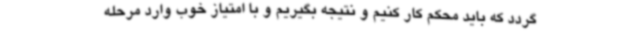
گردد که باید محکم کار کنیم و نتیجه بگیریم و با امتیاز خوب وارد مرحله